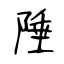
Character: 陲